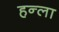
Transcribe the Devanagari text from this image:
हन्ला